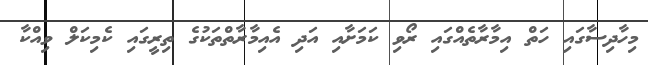
މިހާދިސާގައި ހަތް އިމާރާތެއްގައި ރޯވި ކަމަށާއި އަދި އެއިމާރާތްތަކުގެ ތިރީގައި ކެމިކަލް ވިއްކާ